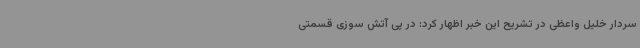
سردار خلیل واعظی در تشریح این خبر اظهار کرد: در پی آتش سوزی قسمتی